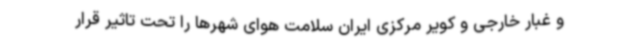
و غبار خارجی و کویر مرکزی ایران سلامت هوای شهرها را تحت تاثیر قرار